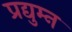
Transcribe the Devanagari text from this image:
प्रद्युम्‍न